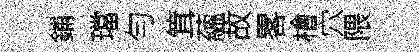
鋪璫勻䇯蘊故畧檜穴隈